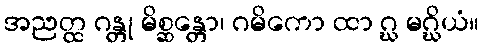
အညတ္ထ ဂန္တု မိစ္ဆန္တော၊ ဂမိကော ထာ ဂ္ဃ မဂ္ဃိယံ။